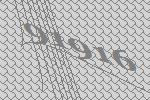
91916